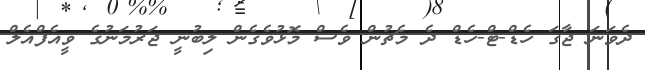
ދެވަނަ ޖާގަ ހެޑް-ޓް-ހެޑް ދެ މެޗުން ވެސް މޮޅުވެގެން ލިބުނީ ޖަރުމަނުގެ ވީއެފްއެލް